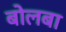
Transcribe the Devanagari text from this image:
बोलबा